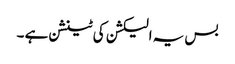
بس یہ الیکشن کی ٹینشن ہے ۔